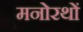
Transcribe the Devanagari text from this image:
मनोरथों